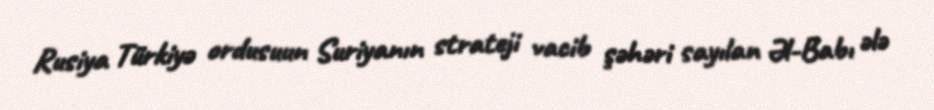
Rusiya Türkiyə ordusuun Suriyanın strateji vacib şəhəri sayılan Əl-Babı ələ